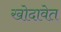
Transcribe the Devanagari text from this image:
खोदावेत